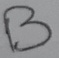
Text: B